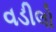
વડીલો